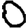
Digit: 0